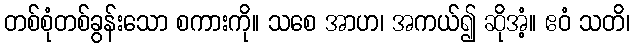
တစ်စုံတစ်ခွန်းသော စကားကို။ သစေ အာဟ၊ အကယ်၍ ဆိုအံ့။ ဧဝံ သတိ၊